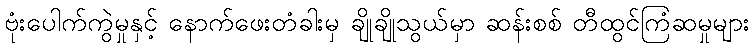
ဗုံးပေါက်ကွဲမှုနှင့် နောက်ဖေးတံခါးမှ ချိုချိုသွယ်မှာ ဆန်းစစ် တီထွင်ကြံဆမှုများ